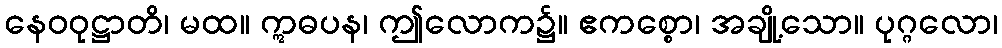
နေဝဝုဋ္ဌာတိ၊ မထ။ ဣဓပန၊ ဤလောက၌။ ဧကစ္စော၊ အချို့သော။ ပုဂ္ဂလော၊